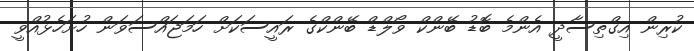
ކުރިން އިގްތިސާދީ އެންމެ ބޮޑު ބޭންކް ވޯލްޑް ބޭންކްގެ ރައީސަކަށް ހަމަޖައްސަވަން ހުށަހެޅުއްވީ